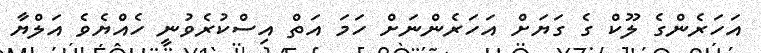
އަހަރެންގެ ލޫކް ގެ ގަޔަށް އަހަރެންނަށް ހަމަ އަތް އިސްކުރެވުނީ ހެއްޔެވެ އަލްޔާ